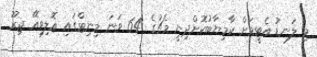
މި ލަނޑު އެޓީމަށް ކާމިޔާބުކޮށްދިނީ މެޗުގެ 64 ވަނަ މިނިޓްގައި އޮލިވިއޭ ޖިރޫ